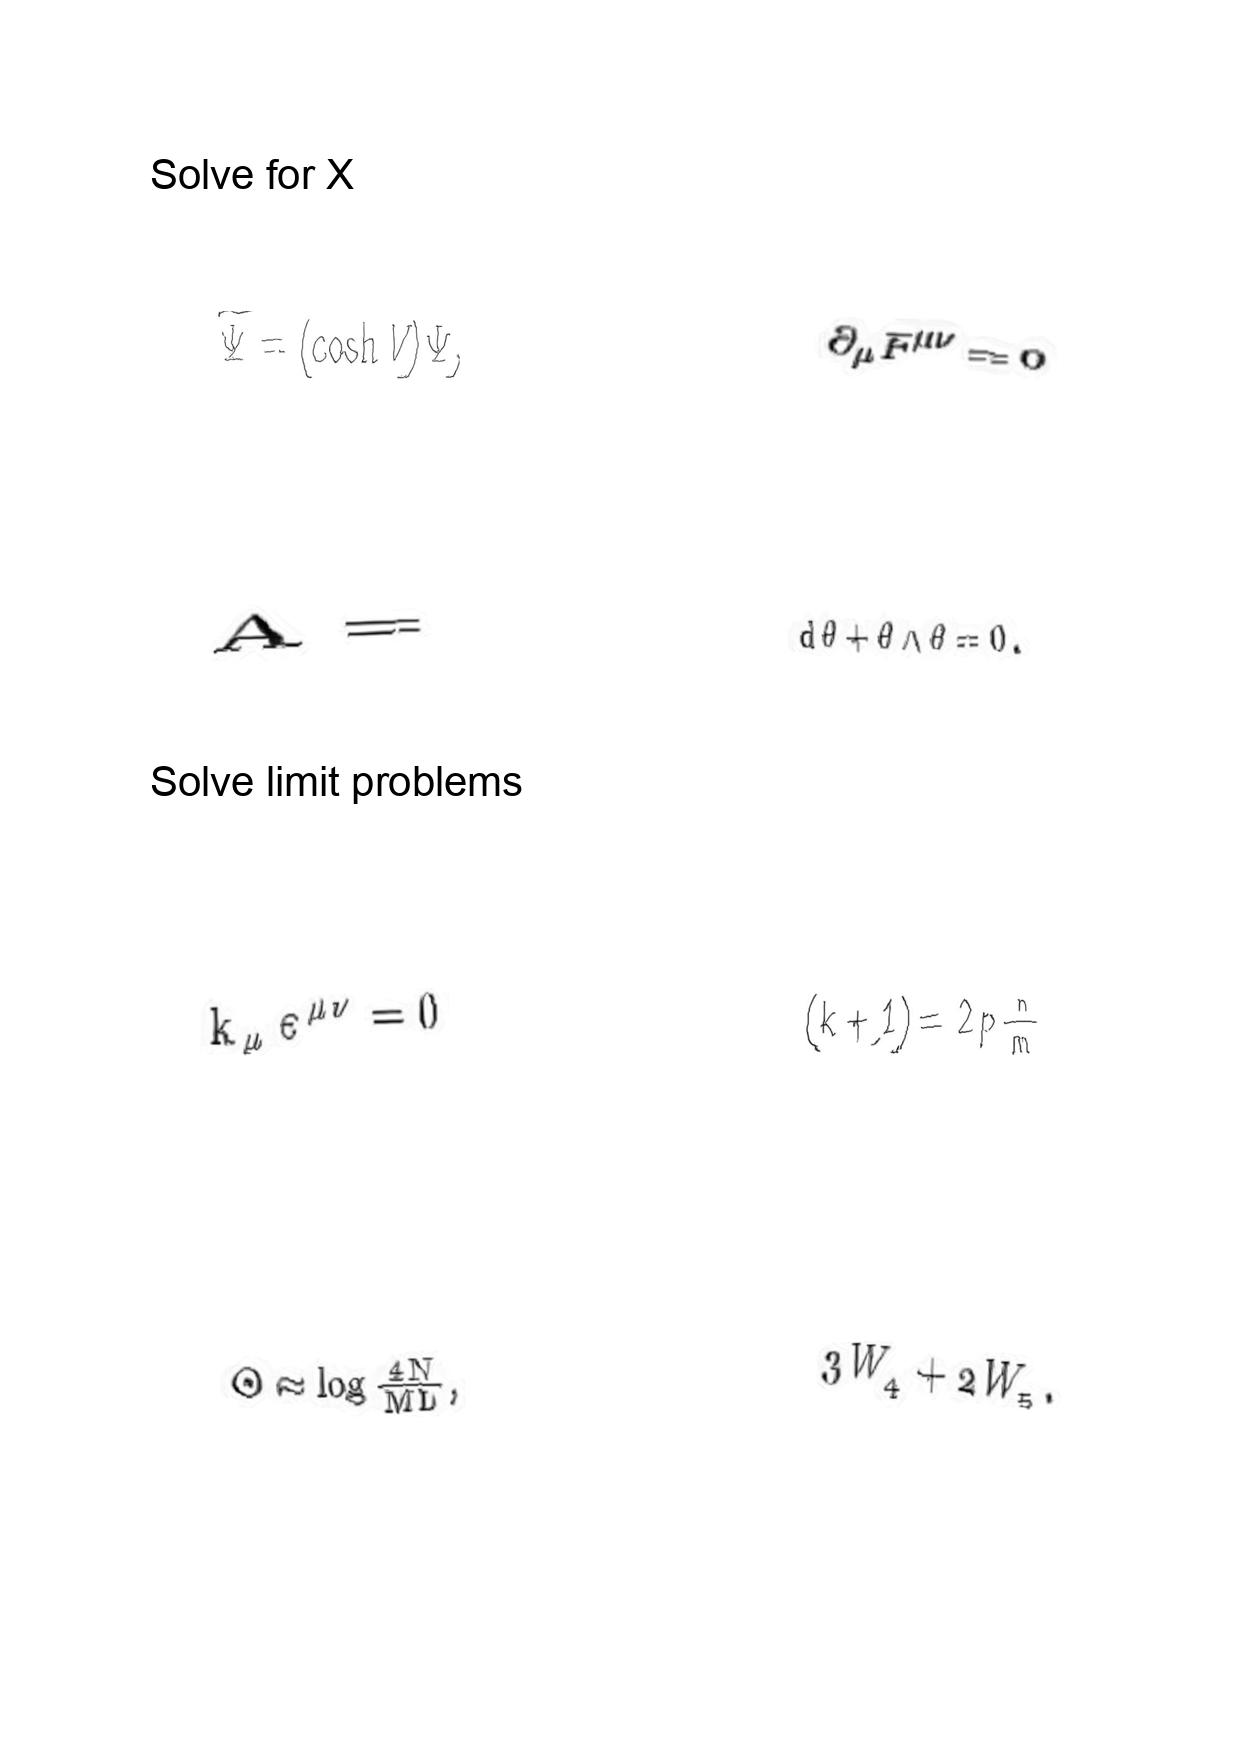
LaTeX transcription:
\tilde { \Psi } = \lparen \cosh V \rparen \Psi ,
A =
k _ { \mu } \varepsilon ^ { \mu \nu } = 0
\Theta \approx \log \frac { 4 N } { M L } ,
\partial _ { \mu } F ^ { \mu \nu } = 0
d \theta + \theta \wedge \theta = 0 .
\lparen k + 1 \rparen = 2 p \frac { n } { m }
3 W _ { 4 } + 2 W _ { 5 } .